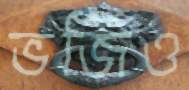
ভজিও